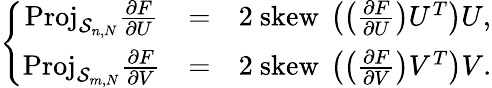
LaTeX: \left\{ \begin{array}{ccl}{\mathrm{Proj}_{\mathcal{S}_{n,N}}\frac{\partial F}{\partial U}}&{=}&{2\mathrm{~skew~}\left(\left(\frac{\partial F}{\partial U}\right)U^{T}\right)U,}\\ {\mathrm{Proj}_{\mathcal{S}_{m,N}}\frac{\partial F}{\partial V}}&{=}&{2\mathrm{~skew~}\left(\left(\frac{\partial F}{\partial V}\right)V^{T}\right)V.}\end{array}\right.